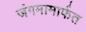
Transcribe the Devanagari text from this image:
जंगमामार्फत